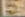
E